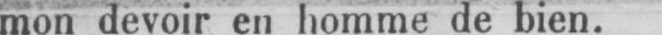
mon devoir en homme de bien.